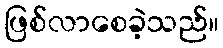
ဖြစ်လာစေခဲ့သည်။